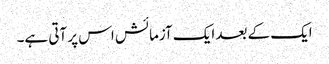
ایک کے بعد ایک آزمائش اس پر آتی ہے۔